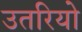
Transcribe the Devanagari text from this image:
उतरियो